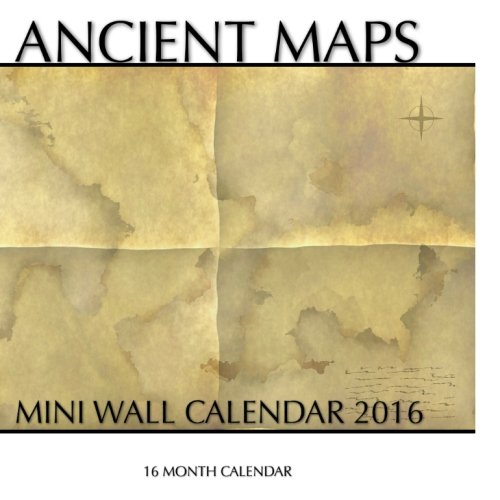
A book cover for Ancient Maps Mini Wall Calendar 2016: 16 Month Calendar; Jack Smith; Calendars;